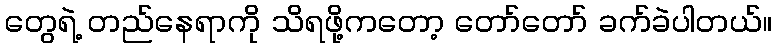
တွေရဲ့ တည်နေရာကို သိရဖို့ကတော့ တော်တော် ခက်ခဲပါတယ်။